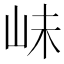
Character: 𡶎